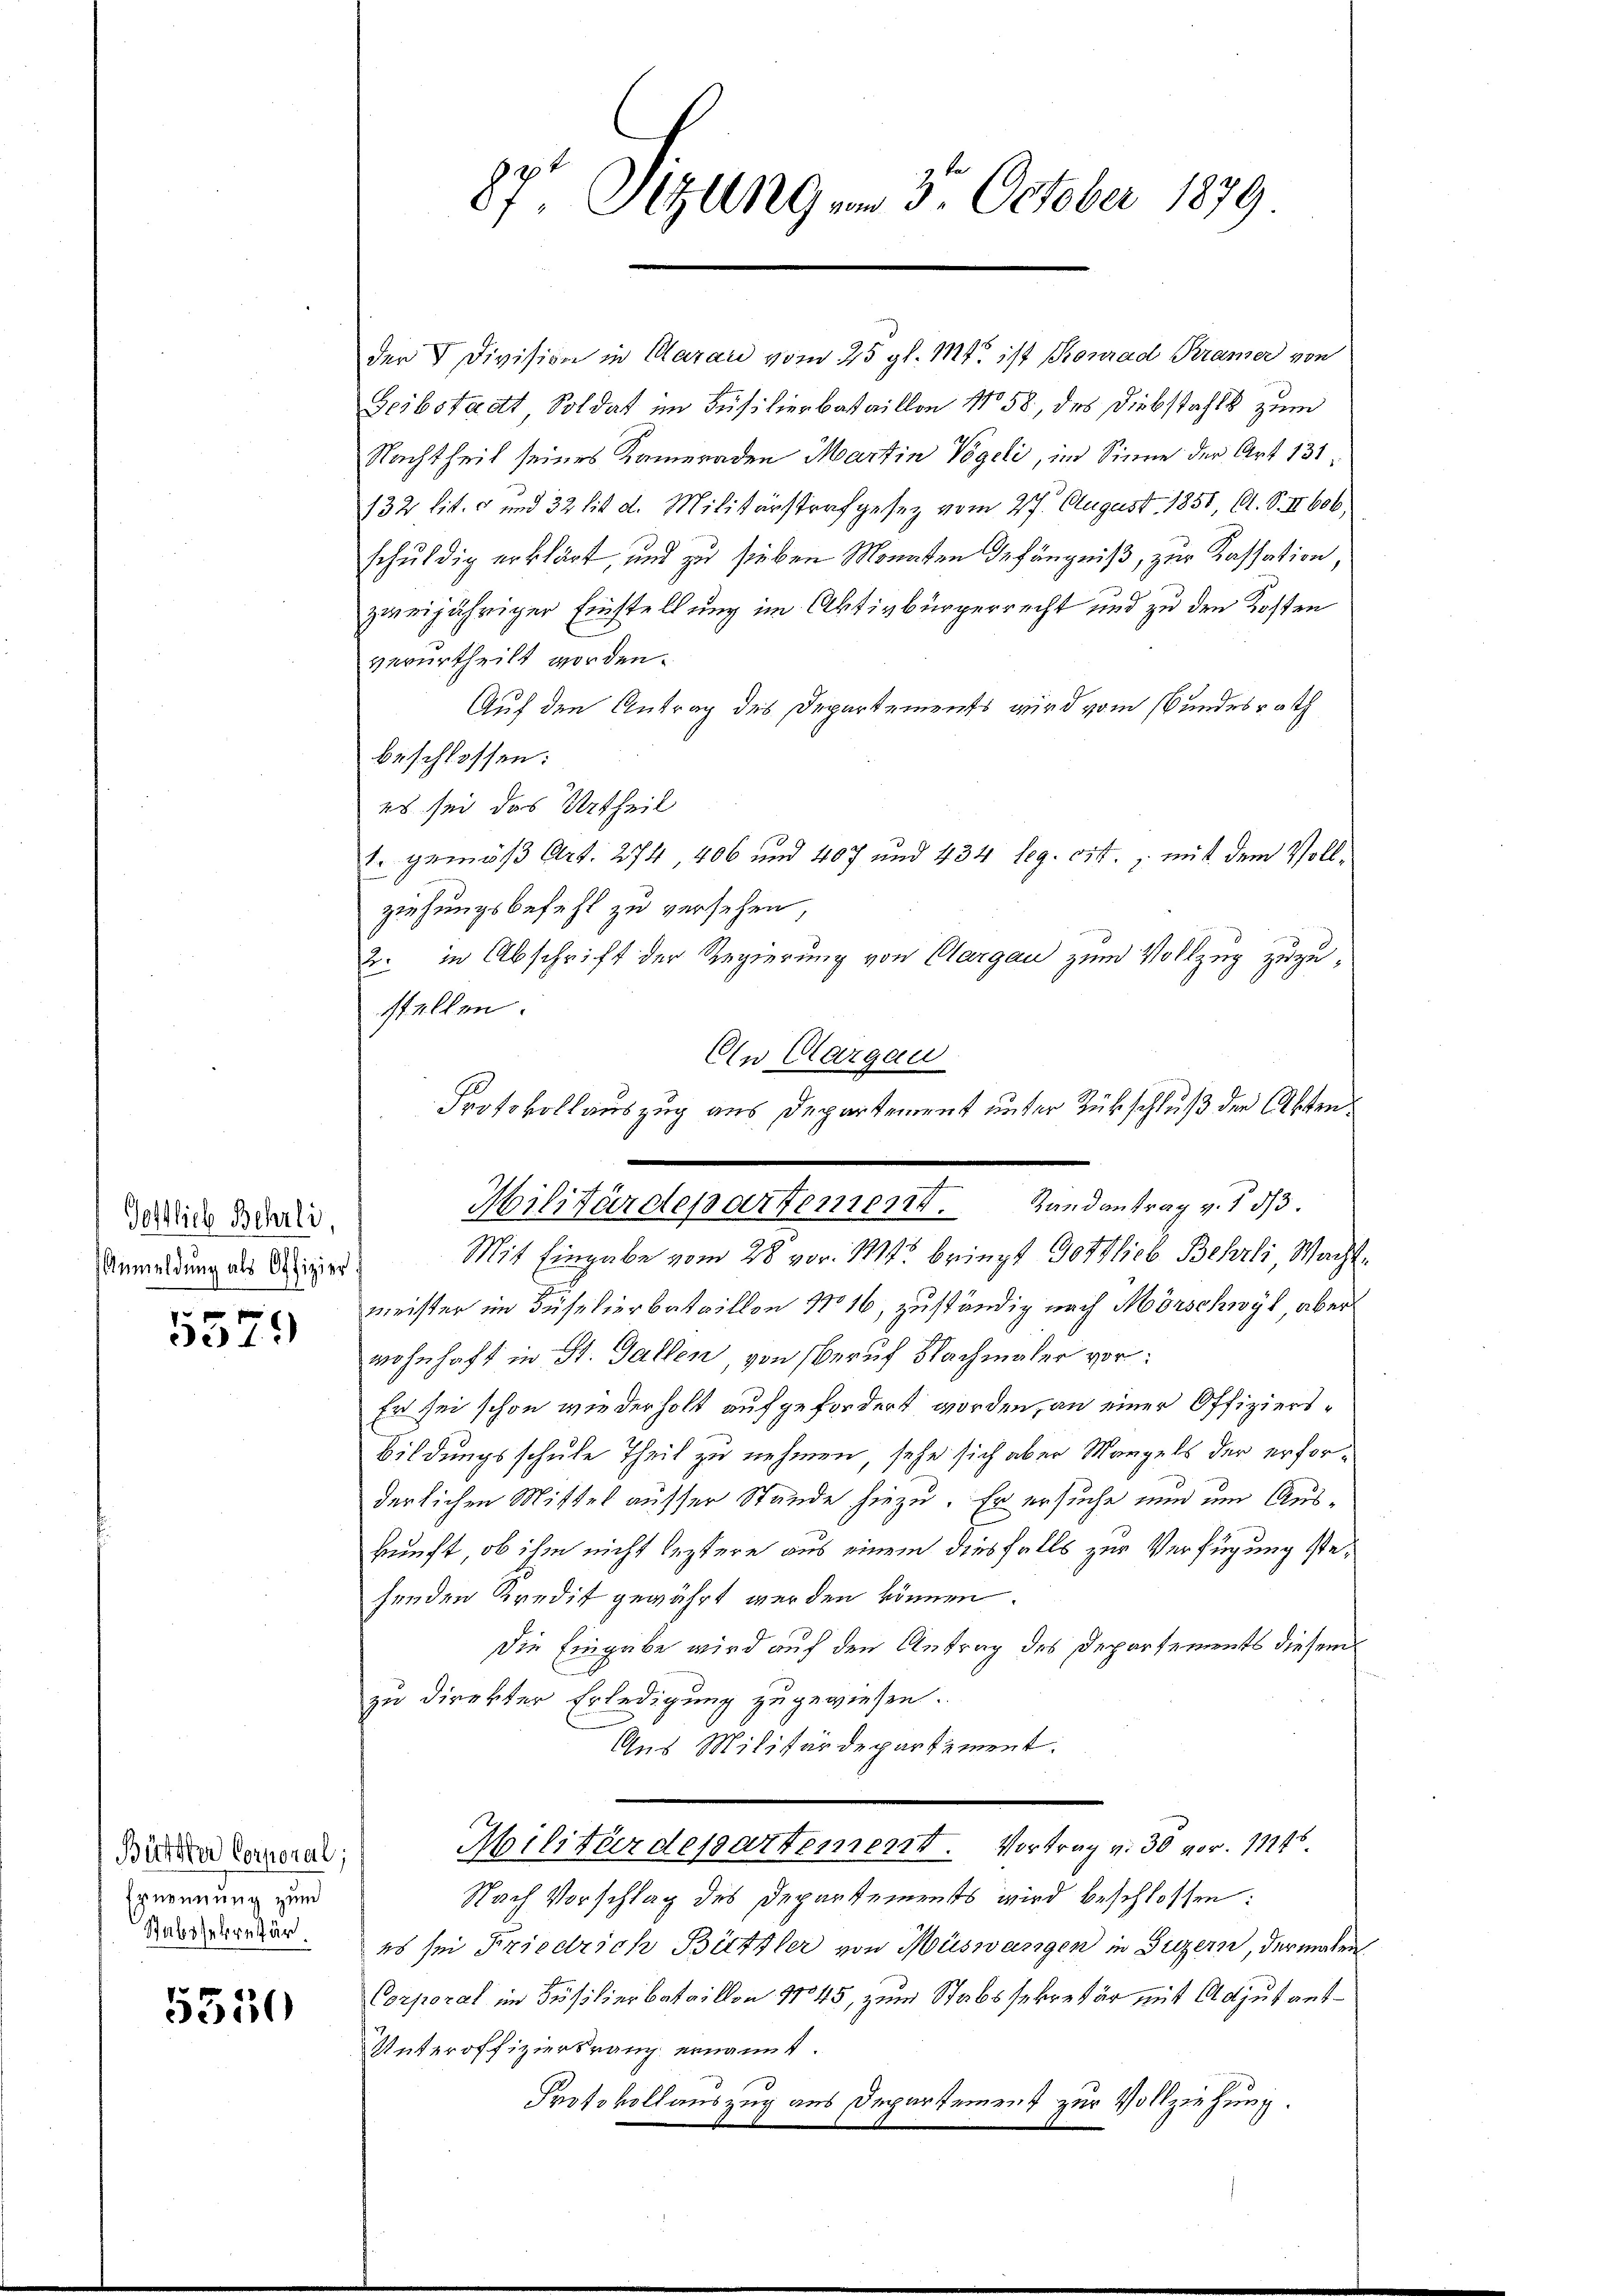
Gottlich Behrli,
Anmeldung als Offizier

5579

Bättter Corporal;
Ernennung zum
Stabssekretär.

5550

87t Sitzung am 3. October 1879

der V Division in Aarau vom 25. gl. Mt. ist Konrad Kramer von
Geibstadt Soldat im Füsilierbataillon No. 58, des Diebstahls zum
Nachtheit seines Kameraden Martin Vögeli, im Sinne der Art 131
132 lit. 5 und 32 lit. d. Militärstrafgesetz vom 27. August 1858, C. S. II 606,
schuldig erklärt und zu sieben Monaten Gefängniß, zur Kassation,
zweijähriger Einstellung im Aktivbürgerrecht und zu den Kosten
verurtheilt worden.
Auf den Antrag des Departements wird vom Bundesrath
beschlossen:
es sei das Urtheil
1. gemäß Art. 274 406 und 407 und 434 leg. cit., mit dem Vollziehungsbefehl zu versehen,
2. in Abschrift der Regierung von Aargau zum Vollzug zuzustellen.
Mit Eingabe vom 28. vor. Mts. bringt Gottlieb Behrli Wacht.
1
meister im Süselierbataillon No 16, zuständig nach Mörschwyl aber
wohnhaft in St. Gallen, von Beruf Nachmaler vor¬
Er sei schon wiederholt aufgefordert worden, an einer Offiziers¬
Bildungsschule Theil zu nehmen, sehe sich aber Mangels der erforderlichen Mittel ausser Stände hiezu. Er ersuche nun um Auskunft, ob ihm nicht leztere aus einem diesfalls zur Verfügung stehenden Kredit gewährt werden können.
Die Eingabe wird auf den Antrag des Departements diesem
zu direkter Erledigung zugewiesen.
Aus Militärdepartement.
Militärdepartement. Vortrag v. 30 vor. 1121.
Nach Vorschlag des Departements wird beschlossen:
es sei Friedrich Bützler von Wüswangen in Luzern, der maten
Corporal im Füsilierbataillon No 45, zum Stabssekretär mit Adjutant¬
Unteroffiziersrang ernannt.
Protokollauszug aus Departement zur Vollziehung.

Ein Aargau
Protokollauszug aus Departement unter Rükschluß der Akten¬
Militärdepartement. Randantrag v. 1 d.